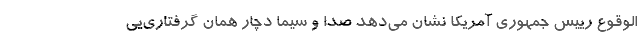
‌الوقوع رییس جمهوری آمریکا نشان می‌دهد صدا و سیما دچار همان گرفتاری‌یی